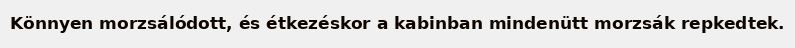
Könnyen morzsálódott, és étkezéskor a kabinban mindenütt morzsák repkedtek.